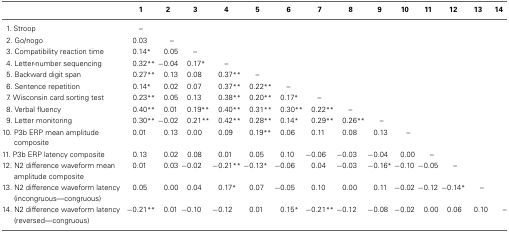
<table><thead><tr><td></td><td><b>1</b></td><td><b>2</b></td><td><b>3</b></td><td><b>4</b></td><td><b>5</b></td><td><b>6</b></td><td><b>7</b></td><td><b>8</b></td><td><b>9</b></td><td><b>10</b></td><td><b>11</b></td><td><b>12</b></td><td><b>13</b></td><td><b>14</b></td></tr></thead><tbody><tr><td>1. Stroop</td><td>–</td><td></td><td></td><td></td><td></td><td></td><td></td><td></td><td></td><td></td><td></td><td></td><td></td><td></td></tr><tr><td>2. Go/nogo</td><td>0.03</td><td>–</td><td></td><td></td><td></td><td></td><td></td><td></td><td></td><td></td><td></td><td></td><td></td><td></td></tr><tr><td>3. Compatibility reaction time</td><td>0.14<sup>*</sup></td><td>0.05</td><td>–</td><td></td><td></td><td></td><td></td><td></td><td></td><td></td><td></td><td></td><td></td><td></td></tr><tr><td>4. Letter-number sequencing</td><td>0.32<sup>**</sup></td><td>−0.04</td><td>0.17<sup>*</sup></td><td>–</td><td></td><td></td><td></td><td></td><td></td><td></td><td></td><td></td><td></td><td></td></tr><tr><td>5. Backward digit span</td><td>0.27<sup>**</sup></td><td>0.13</td><td>0.08</td><td>0.37<sup>**</sup></td><td>–</td><td></td><td></td><td></td><td></td><td></td><td></td><td></td><td></td><td></td></tr><tr><td>6. Sentence repetition</td><td>0.14<sup>*</sup></td><td>0.02</td><td>0.07</td><td>0.37<sup>**</sup></td><td>0.22<sup>**</sup></td><td>–</td><td></td><td></td><td></td><td></td><td></td><td></td><td></td><td></td></tr><tr><td>7. Wisconsin card sorting test</td><td>0.23<sup>**</sup></td><td>0.05</td><td>0.13</td><td>0.38<sup>**</sup></td><td>0.20<sup>**</sup></td><td>0.17<sup>*</sup></td><td>–</td><td></td><td></td><td></td><td></td><td></td><td></td><td></td></tr><tr><td>8. Verbal fluency</td><td>0.40<sup>**</sup></td><td>0.01</td><td>0.19<sup>**</sup></td><td>0.40<sup>**</sup></td><td>0.31<sup>**</sup></td><td>0.30<sup>**</sup></td><td>0.22<sup>**</sup></td><td>–</td><td></td><td></td><td></td><td></td><td></td><td></td></tr><tr><td>9. Letter monitoring</td><td>0.30<sup>**</sup></td><td>−0.02</td><td>0.21<sup>**</sup></td><td>0.42<sup>**</sup></td><td>0.28<sup>**</sup></td><td>0.14<sup>*</sup></td><td>0.29<sup>**</sup></td><td>0.26<sup>**</sup></td><td>–</td><td></td><td></td><td></td><td></td><td></td></tr><tr><td>10. P3b ERP mean amplitude composite</td><td>0.01</td><td>0.13</td><td>0.00</td><td>0.09</td><td>0.19<sup>**</sup></td><td>0.06</td><td>0.11</td><td>0.08</td><td>0.13</td><td>–</td><td></td><td></td><td></td><td></td></tr><tr><td>11. P3b ERP latency composite</td><td>0.13</td><td>0.02</td><td>0.08</td><td>0.01</td><td>0.05</td><td>0.10</td><td>−0.06</td><td>−0.03</td><td>−0.04</td><td>0.00</td><td>–</td><td></td><td></td><td></td></tr><tr><td>12. N2 difference waveform mean amplitude composite</td><td>0.01</td><td>0.03</td><td>−0.02</td><td>−0.21<sup>**</sup></td><td>−0.13<sup>*</sup></td><td>−0.06</td><td>0.04</td><td>−0.03</td><td>−0.16<sup>*</sup></td><td>−0.10</td><td>−0.05</td><td>–</td><td></td><td></td></tr><tr><td>13. N2 difference waveform latency (incongruous—congruous)</td><td>0.05</td><td>0.00</td><td>0.04</td><td>0.17<sup>*</sup></td><td>0.07</td><td>−0.05</td><td>0.10</td><td>0.00</td><td>0.11</td><td>−0.02</td><td>−0.12</td><td>−0.14<sup>*</sup></td><td>–</td><td></td></tr><tr><td>14. N2 difference waveform latency (reversed—congruous)</td><td>−0.21<sup>**</sup></td><td>0.01</td><td>−0.10</td><td>−0.12</td><td>0.01</td><td>0.15<sup>*</sup></td><td>−0.21<sup>**</sup></td><td>−0.12</td><td>−0.08</td><td>−0.02</td><td>0.00</td><td>0.06</td><td>0.10</td><td>–</td></tr></tbody></table>